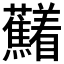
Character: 𱿍